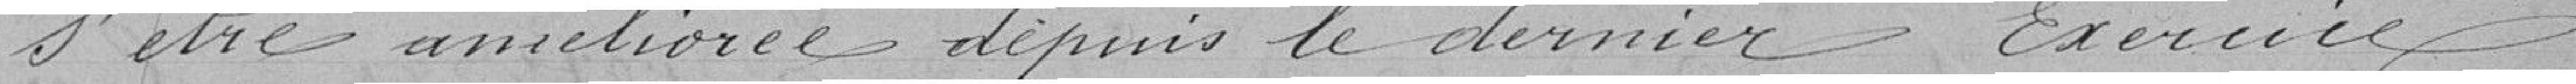
s'être amélioré depuis le dernier exercice